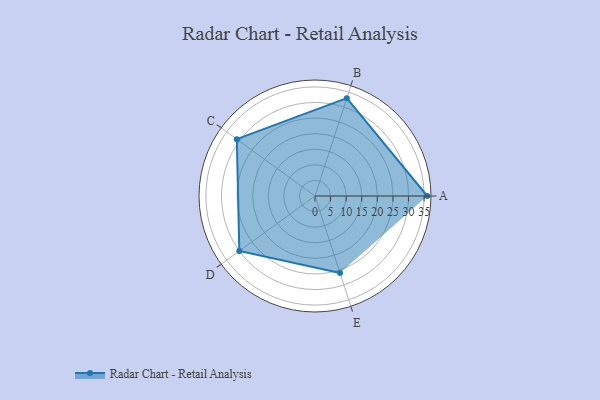
{"axis": {"x": "Skill", "y": "Score"}, "legend": ["Profile"], "data": [{"x": "A", "y": 36.0, "type": "Profile"}, {"x": "B", "y": 33.0, "type": "Profile"}, {"x": "C", "y": 31.0, "type": "Profile"}, {"x": "D", "y": 30.0, "type": "Profile"}, {"x": "E", "y": 26.0, "type": "Profile"}]}